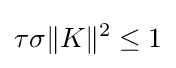
\tau \sigma \lVert K\rVert ^{2}\leq 1